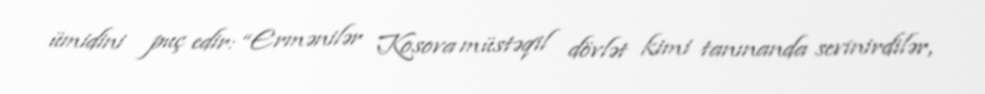
ümidini puç edir: “Ermənilər Kosova müstəqil dövlət kimi tanınanda sevinirdilər,